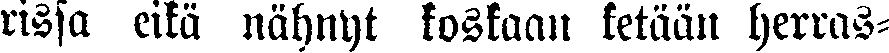
rissa eikä nähnyt koskaan ketään herras-